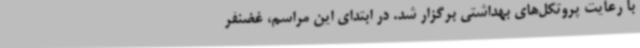
با رعایت پروتکل‌های بهداشتی برگزار شد. در ابتدای این مراسم، غضنفر